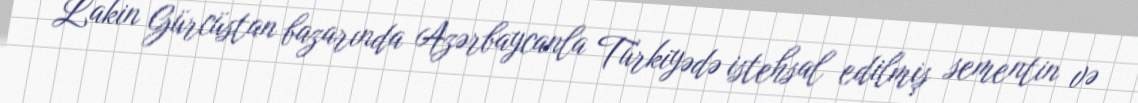
Lakin Gürcüstan bazarında Azərbaycanla Türkiyədə istehsal edilmiş sementin və